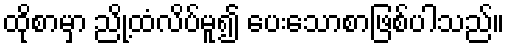
ထိုစာမှာ ညို့ထံလိပ်မူ၍ ပေးသောစာဖြစ်ပါသည်။